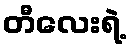
တီလေးရဲ့